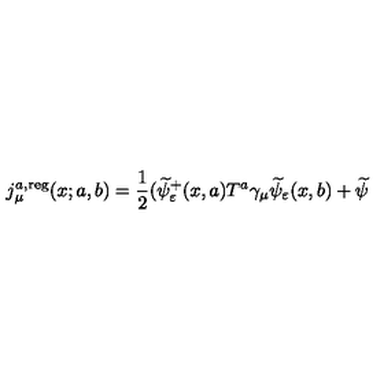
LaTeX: j _ { \mu } ^ { a , \mathrm { r e g } } ( x ; a , b ) = \frac 1 2 ( \widetilde { \psi } _ { \varepsilon } ^ { + } ( x , a ) T ^ { a } \gamma _ { \mu } \widetilde { \psi } _ { \varepsilon } ( x , b ) + \widetilde { \psi }